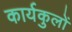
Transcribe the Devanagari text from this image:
कार्यकुलों